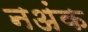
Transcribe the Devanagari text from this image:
नअंक